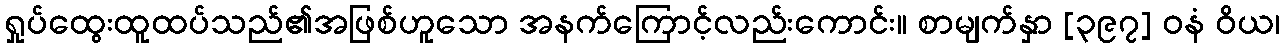
ရှုပ်ထွေးထူထပ်သည်၏အဖြစ်ဟူသော အနက်ကြောင့်လည်းကောင်း။ စာမျက်နှာ [၃၉၇] ဝနံ ဝိယ၊